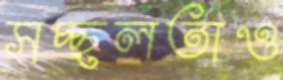
সচ্ছলতাও